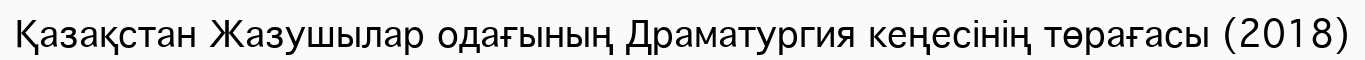
Қазақстан Жазушылар одағының Драматургия кеңесінің төрағасы (2018)